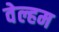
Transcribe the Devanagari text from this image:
वेल्हम